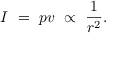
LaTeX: I \ = \ p v \ \propto \ { \frac { 1 } { r ^ { 2 } } } .